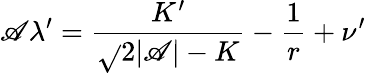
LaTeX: \mathscr{A}\lambda^{\prime}=\frac{{K^{\prime}}}{{\sqrt{}{{2}}|\mathscr{A}|-K}}-\frac{{1}}{{r}}+\nu^{\prime}